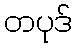
တပုဒ်